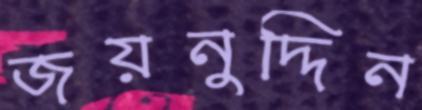
জয়নুদ্দিন